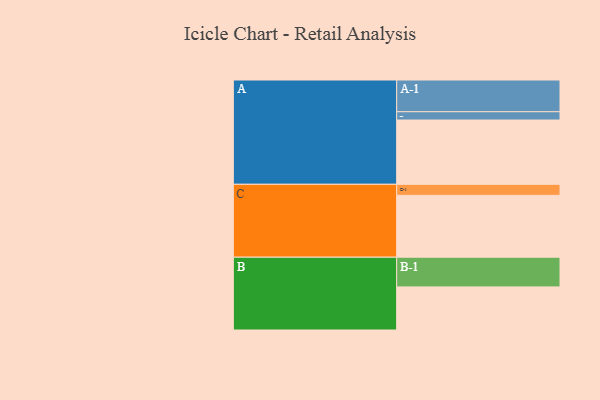
{"axis": {"x": "Segment", "y": "Value"}, "legend": ["", "A", "B", "C"], "data": [{"x": "A", "y": 565, "type": ""}, {"x": "B", "y": 379, "type": ""}, {"x": "C", "y": 544, "type": ""}, {"x": "A-1", "y": 279, "type": "A"}, {"x": "A-2", "y": 73, "type": "A"}, {"x": "B-1", "y": 261, "type": "B"}, {"x": "C-1", "y": 97, "type": "C"}]}